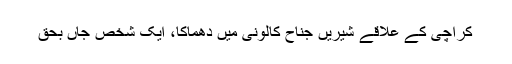
کراچی کے علاقے شیریں جناح کالونی میں دھماکا، ایک شخص جاں بحق